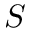
S